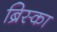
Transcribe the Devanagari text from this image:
ब्रिस्का